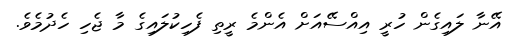
އޭނާ ލައިގެން ހުރީ އިއްސޭއަށް އެންމެ ރީތި ފެހިކުލައިގެ މާ ޖެހި ހެދުމެވެ.